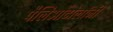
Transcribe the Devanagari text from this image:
पैलिओंटोलॉजी